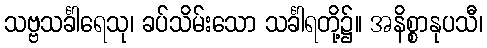
သဗ္ဗသင်္ခါရေသု၊ ခပ်သိမ်းသော သင်္ခါရတို့၌။ အနိစ္စာနုပသီ၊